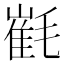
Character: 𣯯